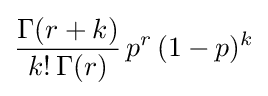
{\frac {\Gamma (r+k)}{k!\,\Gamma (r)}}\,p^{r}\,(1-p)^{k}